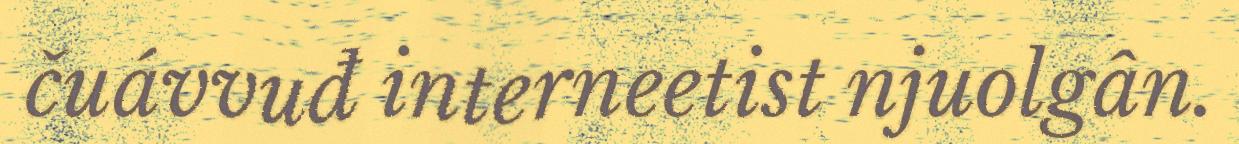
čuávvuđ interneetist njuolgân.